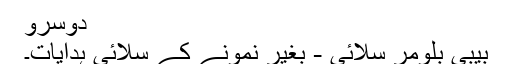
دوسرو
بیبی بلومر سلائی - بغیر نمونے کے سلائی ہدایات۔